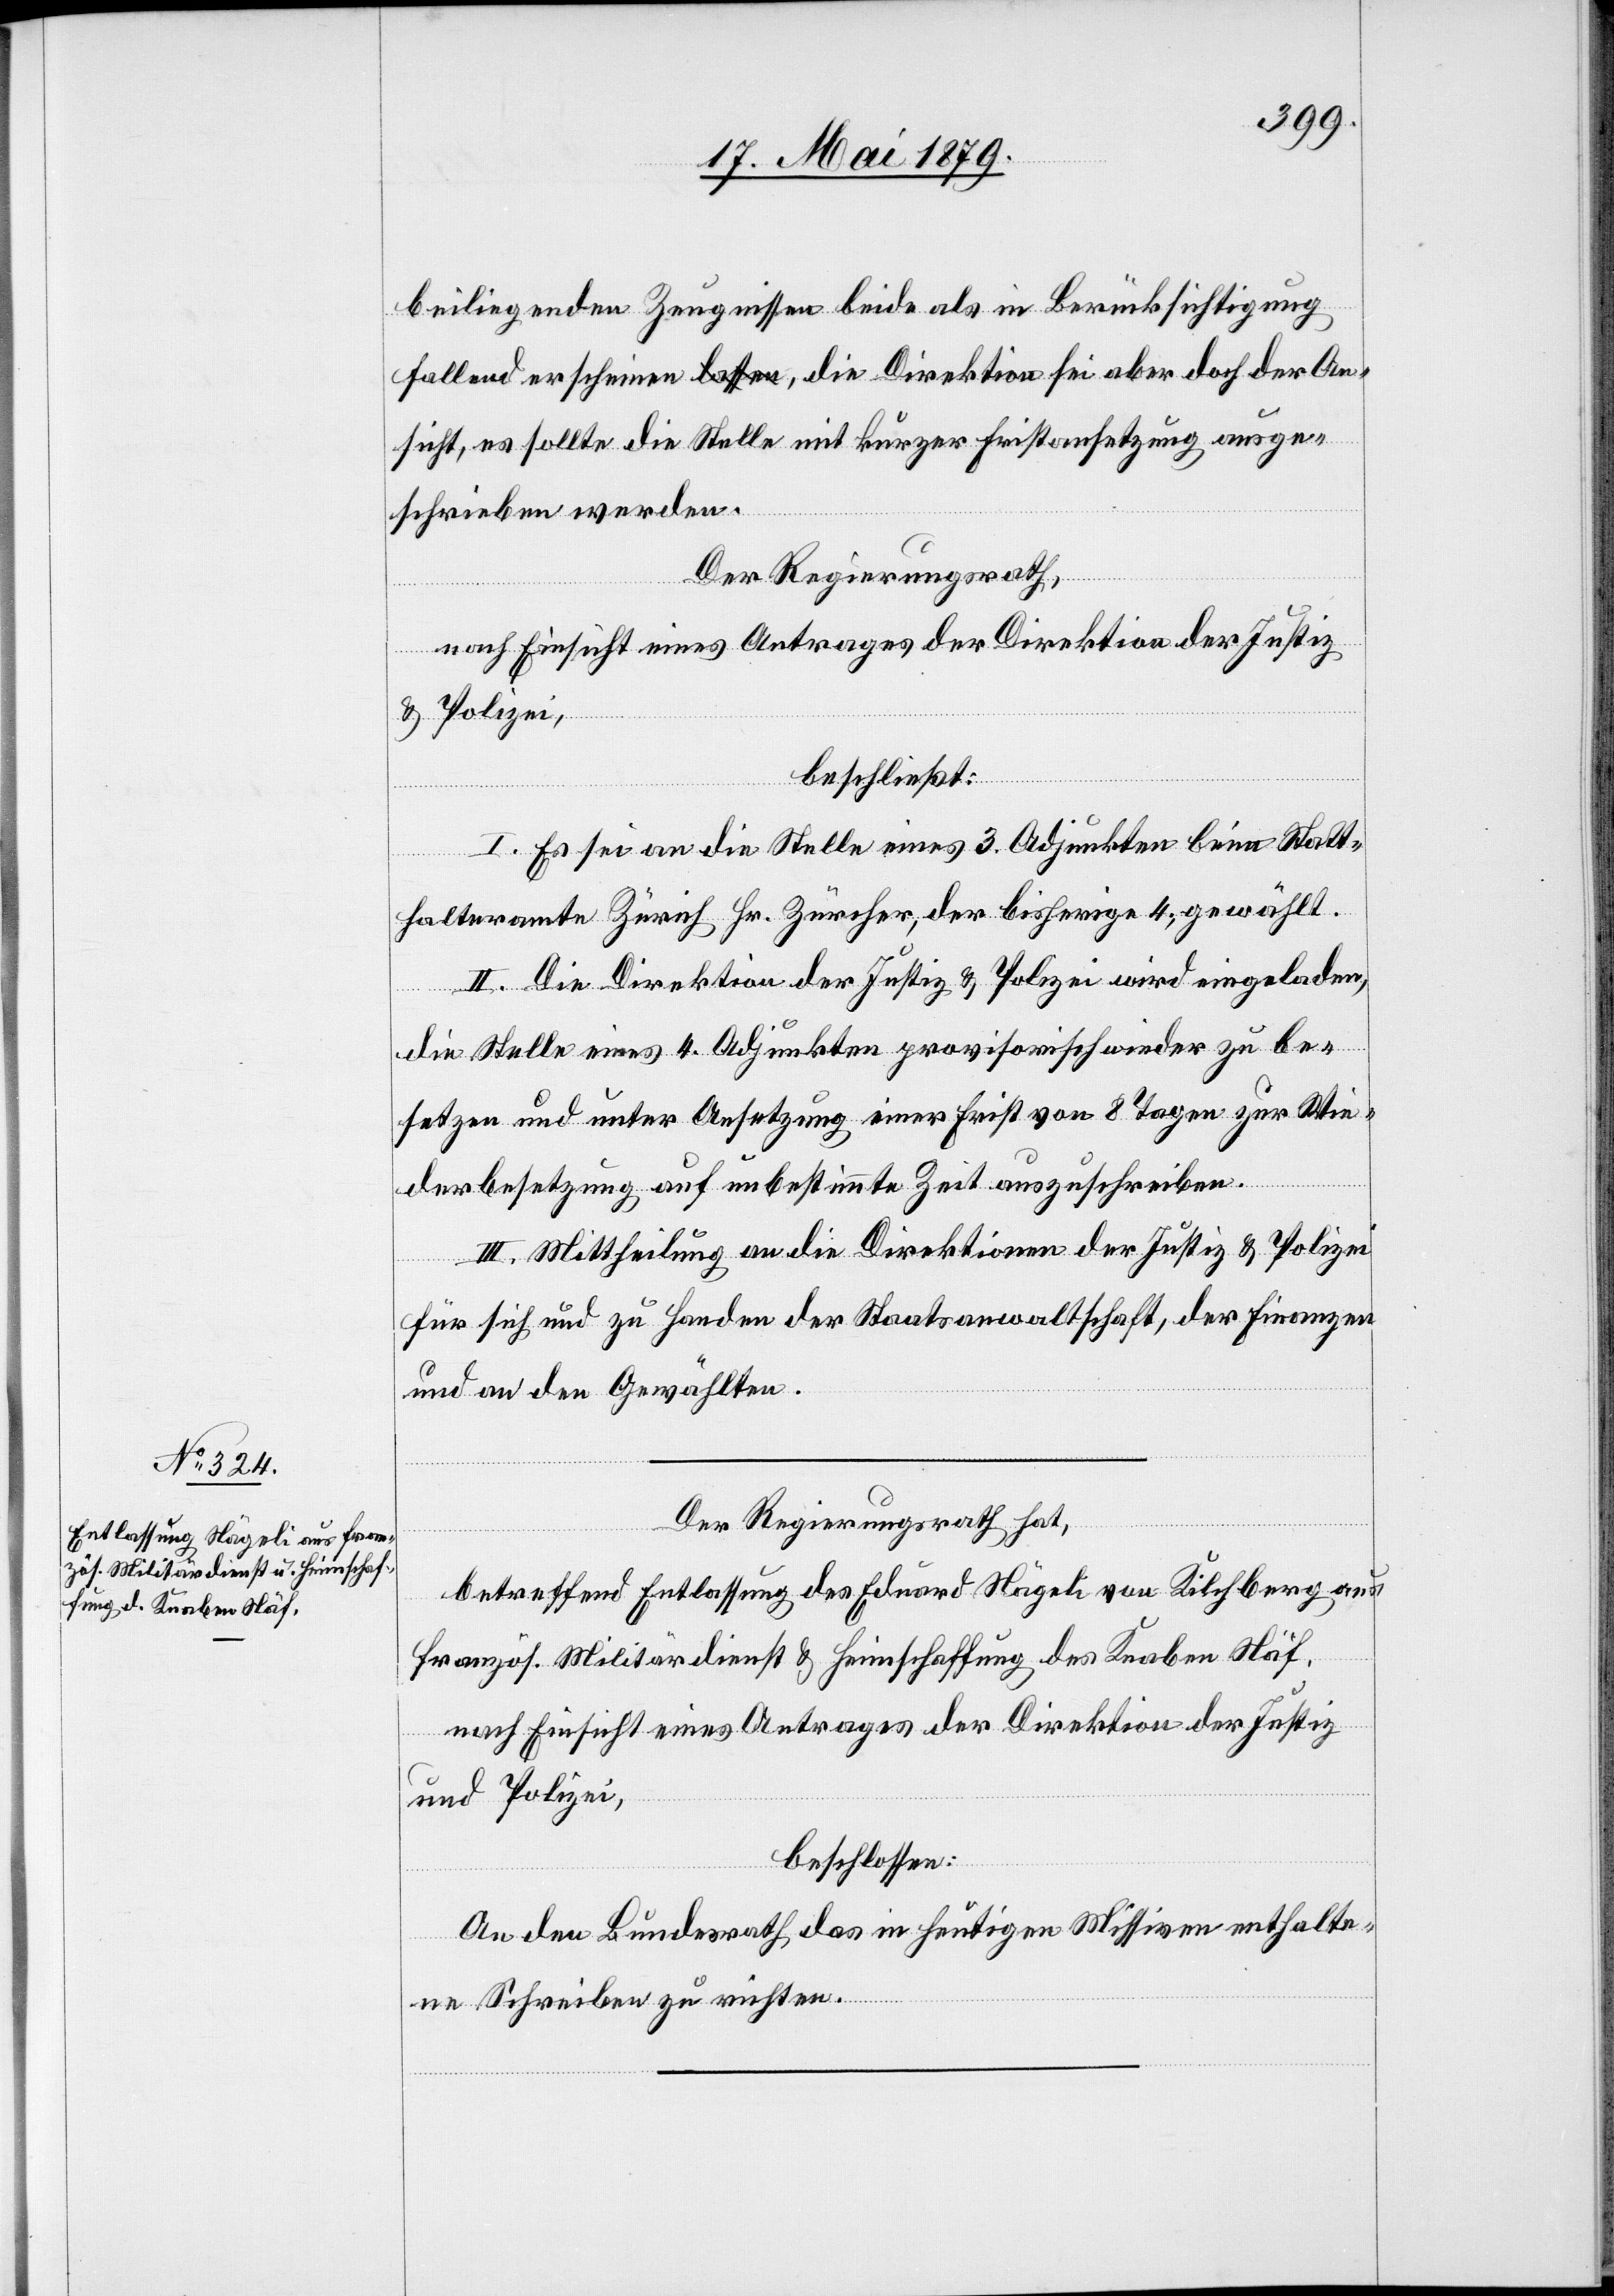
beiliegenden Zeugnissen beide als in Berücksichtigung
fallend erscheinen, die Direktion sei aber doch der An¬
sicht, es sollte die Stelle mit kurzer Fristansetzung ausge¬
schrieben werden.
Der Regierungsrath,
nach Einsicht eines Antrages der Direktion der Justiz
& Polizei,
beschließt:
I. Es sei an die Stelle eines 3. Adjunkten beim Statt¬
halteramte Zürich Hr. Zürcher, der bisherige 4., gewählt.
II. Die Direktion der Justiz & Polizei wird eingeladen,
die Stelle eines 4. Adjunkten provisorisch wieder zu be¬
setzen und unter Ansetzung einer Frist von 8 Tagen zur Wie¬
derbesetzung auf unbestimmte Zeit auszuschreiben.
III. Mittheilung an die Direktionen der Justiz & Polizei
für sich und zu Handen der Staatsanwaltschaft, der Finanzen
und an den Gewählten.
Der Regierungsrath hat,
betreffend Entlassung des Eduard Nägeli von Kilchberg aus
französ. Militärdienst & Heimschaffung des Knaben Näf,
nach Einsicht eines Antrages der Direktion der Justiz
und Polizei,
beschlossen:
An den Bundesrath das in heutigen Missiven enthalte¬
ne Schreiben zu richten.